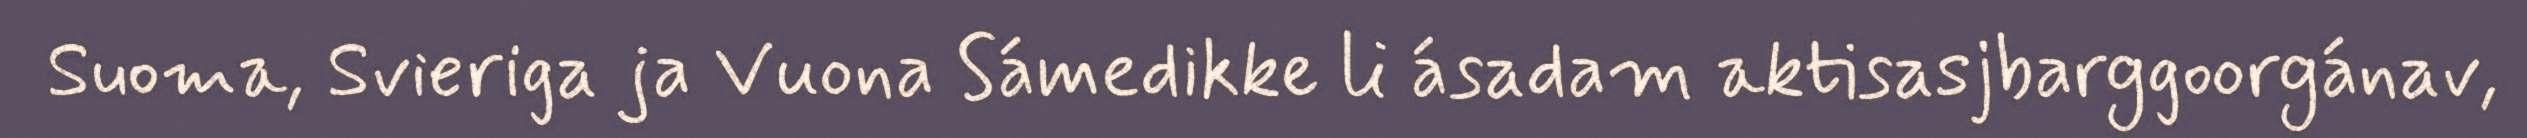
Suoma, Svieriga ja Vuona Sámedikke li ásadam aktisasjbarggoorgánav,